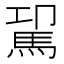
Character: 𩢗